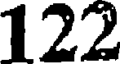
122